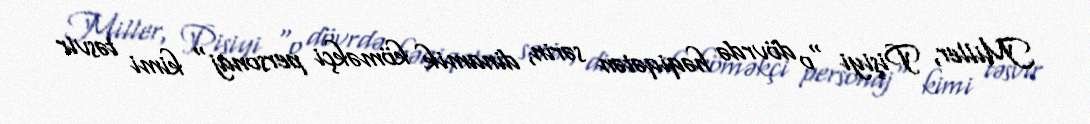
Miller, Pişiyi "o dövrdə həqiqətən sərin, dinamik köməkçi personaj" kimi təsvir